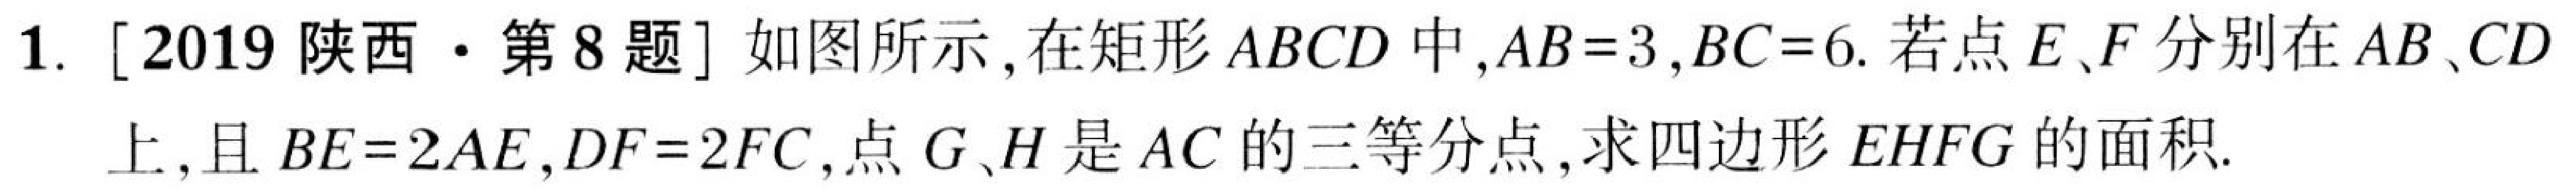
1. [2019陕西·第8题]如图所示，在矩形\(ABCD\)中，\(AB = 3\)，\(BC = 6\). 若点\(E、F\)分别在\(AB、CD\)上，且\(BE = 2AE\)，\(DF = 2FC\)，点\(G、H\)是\(AC\)的三等分点，求四边形\(EHFG\)的面积.